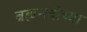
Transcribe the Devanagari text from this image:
ब्रह्मनदीच्या